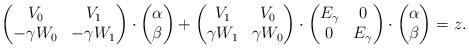
LaTeX: \begin{align*}\begin{pmatrix}V_0 & V_1 \\-\gamma W_0 & -\gamma W_1\end{pmatrix}\cdot \begin{pmatrix}\alpha \\\beta\end{pmatrix} + \begin{pmatrix}V_1 & V_0 \\\gamma W_1 & \gamma W_0\end{pmatrix}\cdot \begin{pmatrix}E_{\gamma} & 0 \\0 & E_{\gamma}\end{pmatrix}\cdot \begin{pmatrix}\alpha \\\beta\end{pmatrix}=z.\end{align*}